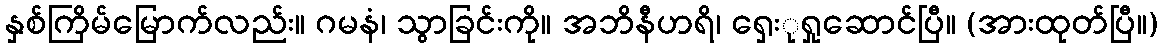
နှစ်ကြိမ်မြောက်လည်း။ ဂမနံ၊ သွာခြင်းကို။ အဘိနီဟရိ၊ ရှေးုရှုဆောင်ပြီ။ (အားထုတ်ပြီ။)